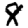
Digit: 8